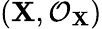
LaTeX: (\mathbf{X},{\mathcal{{O}}}_{\mathbf{X}})